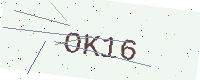
Text: OK16